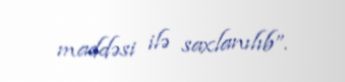
maddəsi ilə saxlanılıb”.